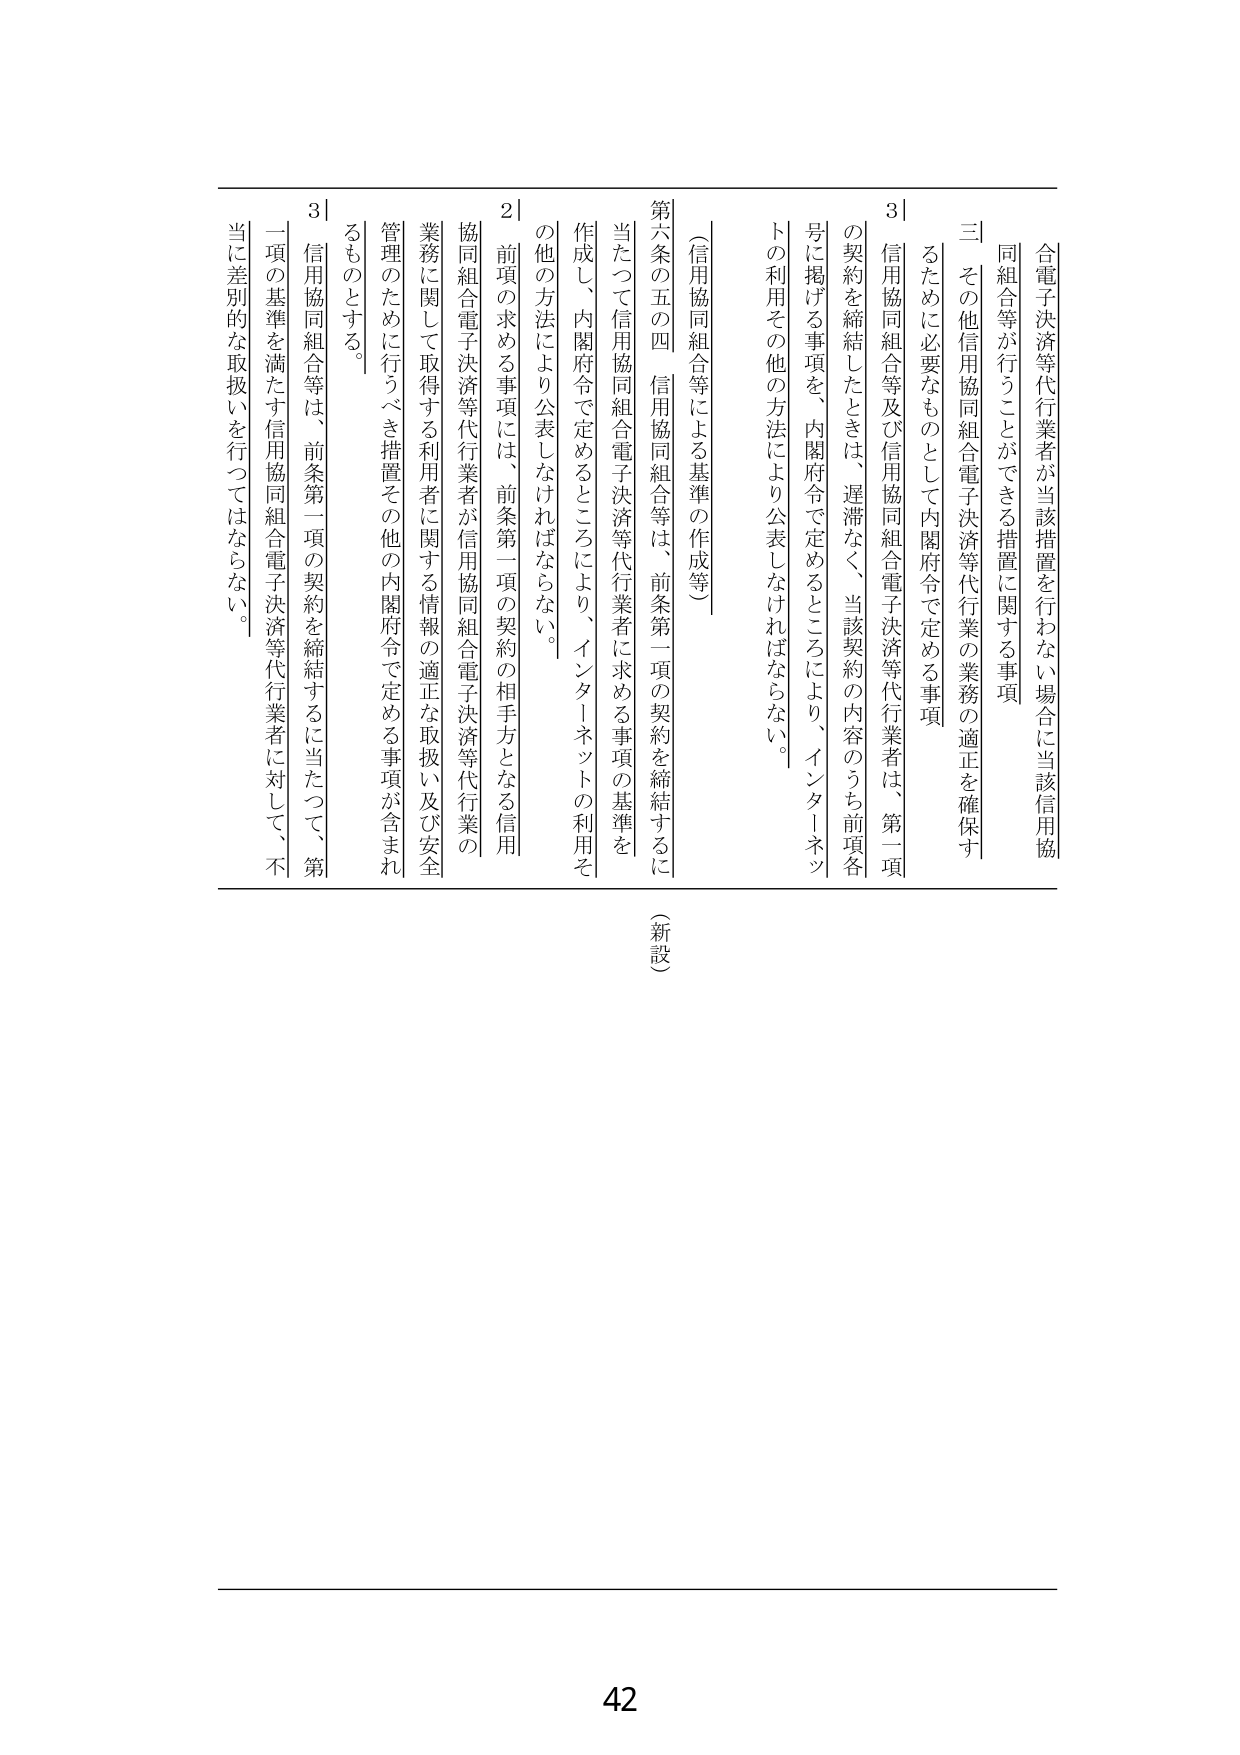
合電子決済等代行業者が当該措置を行わない場合に当該信用協同組合等が行うことができる措置に関する事項

三　その他信用協同組合電子決済等代行業の業務の適正を確保するため必要なものとして内閣府令で定める事項

3｜信用協同組合等及び信用協同組合電子決済等代行業者は、第一項の契約を締結したときは、遅滞なく、当該契約の内容のうち前項各号に掲げる事項を、内閣府令で定めるところにより、インターネットの利用その他の方法により公表しなければならない。

（信用協同組合等による基準の作成等）

第六条の五の四　信用協同組合等は、前条第一項の契約を締結するに当たって信用協同組合電子決済等代行業者に求める事項の基準を作成し、内閣府令で定めるところにより、インターネットの利用その他の方法により公表しなければならない。

2｜前項の求める事項には、前条第一項の契約の相手方となる信用協同組合電子決済等代行業者が信用協同組合電子決済等代行業の業務に関して取得する利用者に関する情報の適正な取扱い及び安全管理のために行うべき措置その他の内閣府令で定める事項が含まれるものとする。

3｜信用協同組合等は、前条第一項の契約を締結するに当たって、第一項の基準を満たす信用協同組合電子決済等代行業者に対して、不当に差別的な取扱いを行ってはならない。

（新設）

42